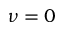
\nu = 0